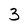
Character: 3